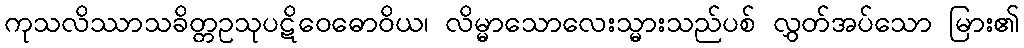
ကုသလိဿာသခိတ္တဥသုပဋိဝေဓောဝိယ၊ လိမ္မာသောလေးသ္မားသည်ပစ် လွှတ်အပ်သော မြား၏